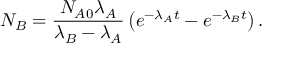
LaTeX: N _ { B } = { \frac { N _ { A 0 } \lambda _ { A } } { \lambda _ { B } - \lambda _ { A } } } \left( e ^ { - \lambda _ { A } t } - e ^ { - \lambda _ { B } t } \right) .